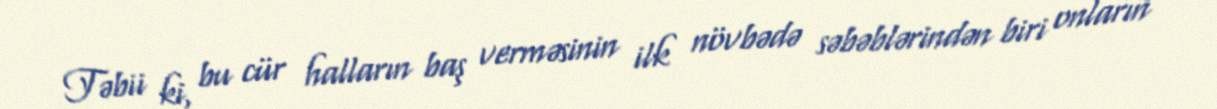
Təbii ki, bu cür halların baş verməsinin ilk növbədə səbəblərindən biri onların